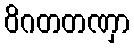
ဝိဂတတဏှာ